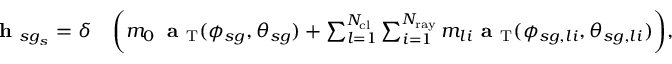
\begin{array} { r l } { \textbf { h } _ { s g _ { s } } = \delta } & { \bigg ( m _ { 0 } \, \textbf { a } _ { \mathrm { T } } ( \phi _ { s g } , \theta _ { s g } ) + \sum _ { l = 1 } ^ { N _ { \mathrm { c l } } } \sum _ { i = 1 } ^ { N _ { \mathrm { r a y } } } m _ { l i } \textbf { a } _ { \mathrm { T } } ( \phi _ { s g , l i } , \theta _ { s g , l i } ) \bigg ) , } \end{array}